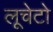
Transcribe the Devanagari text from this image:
लूचेटो